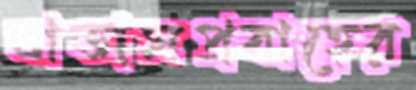
বাতাসপ্রবাহের